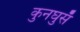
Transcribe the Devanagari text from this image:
कुनघुसँ